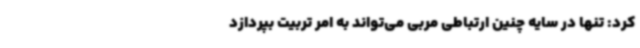
کرد: تنها در سایه چنین ارتباطی مربی می‌تواند به امر تربیت بپردازد